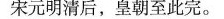
宋元明清后，皇朝至此完。